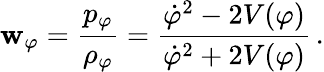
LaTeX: \mathbf{w}_{\varphi}=\frac{{p_{\varphi}}}{{{\rho}_{\varphi}}}=\frac{{{\dot{{\varphi}}}^{2}-2V(\varphi)}}{{{\dot{{\varphi}}}^{2}+2V(\varphi)}}\, .